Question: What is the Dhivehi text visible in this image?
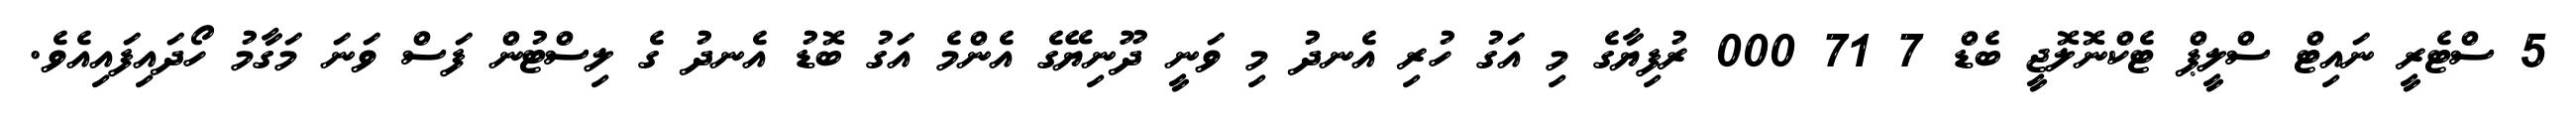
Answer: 5 ސްޓެރީ ނައިޓް ސްލީޕް ޓެކްނޮލޮޖީ ބެޑް 7 71 000 ރުފިޔާގެ މި އަގު ހުރި އެނދު މި ވަނީ ދޫނިޔޭގެ އެންމެ އަގު ބޮޑު އެނދު ގެ ލިސްޓުން ފަސް ވަނަ މަގާމު ހޯދައިފައިއެވެ.